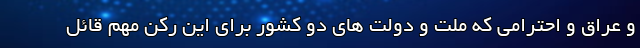
و عراق و احترامی که ملت و دولت های دو کشور برای این رکن مهم قائل